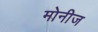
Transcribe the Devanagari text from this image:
मोनीज